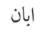
ابان